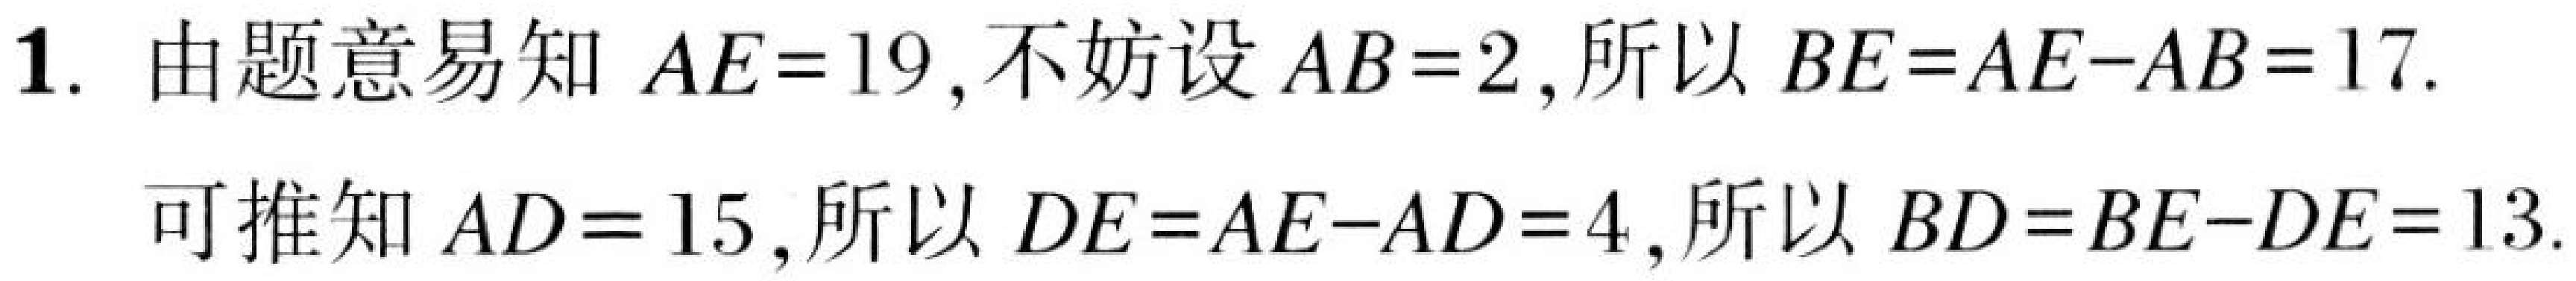
1. 由题意易知 \(AE = 19\),不妨设 \(AB = 2\),所以 \(BE=AE - AB = 17\).
可推知 \(AD = 15\),所以 \(DE=AE - AD = 4\),所以 \(BD = BE - DE = 13\).